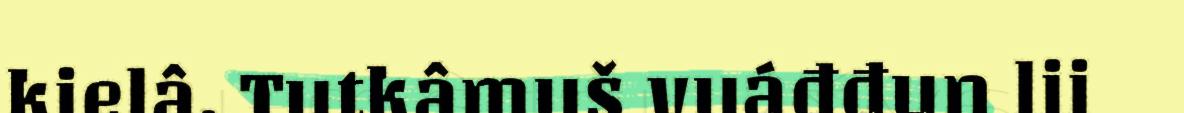
kielâ. Tutkâmuš vuáđđun lii